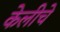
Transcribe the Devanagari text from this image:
केलीचे